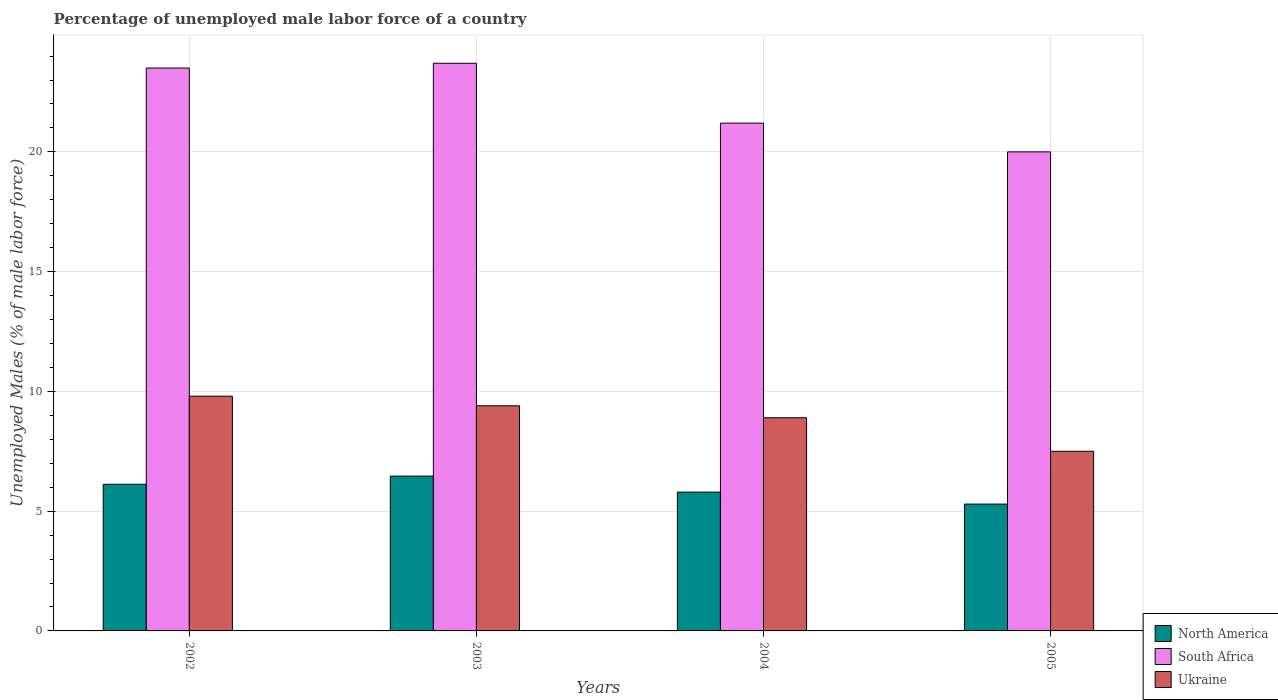
| Years | North America | South Africa | Ukraine |
 | --- | --- | --- | --- |
 | 2002 | 6.12 | 23.5 | 9.8 |
 | 2003 | 6.46 | 23.7 | 9.4 |
 | 2004 | 5.8 | 21.2 | 8.9 |
 | 2005 | 5.3 | 20 | 7.5 |